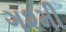
ગ૨મી